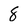
Character: 8